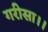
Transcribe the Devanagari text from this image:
गरीसा।।